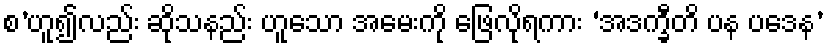
စ’ဟူ၍လည်း ဆိုသနည်း ဟူသော အမေးကို ဖြေလိုရကား ‘အဒက္ခီတိ ပန ပဒေန’